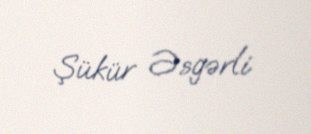
Şükür Əsgərli